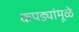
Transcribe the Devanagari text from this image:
कपड्यांमूळे